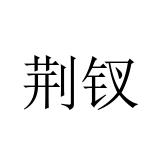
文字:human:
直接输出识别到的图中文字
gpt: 荆钗